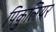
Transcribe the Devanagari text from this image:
पिकुलियर